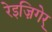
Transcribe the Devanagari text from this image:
रेइज़िगेर्